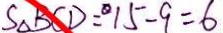
S _ { \Delta } B C D = ^ { \circ } 1 5 - 9 = 6